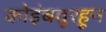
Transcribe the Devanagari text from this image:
कोइंबतूरहून